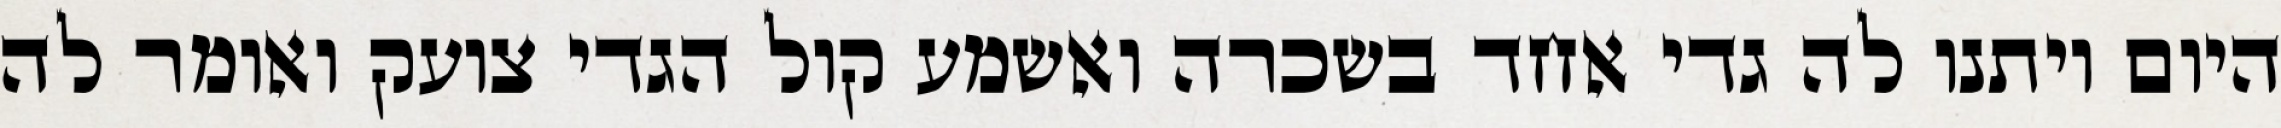
היום ויתנו לה גדי אחד בשכרה ואשמע קול הגדי צועק ואומר לה